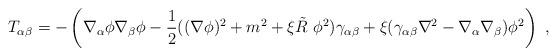
LaTeX: \begin{align*}T_{\alpha\beta}=-\left(\nabla_\alpha\phi\nabla_\beta\phi-\frac 12 ((\nabla \phi)^2+m^2+\xi\tilde{R}~\phi^2)\gamma_{\alpha\beta}+\xi (\gamma_{\alpha\beta}\nabla^2-\nabla_\alpha\nabla_\beta )\phi^2\right)~,\end{align*}